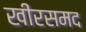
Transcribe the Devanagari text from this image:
खीरसमद